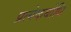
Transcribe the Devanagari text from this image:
प्रत्येकबोधि